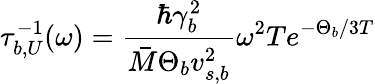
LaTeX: \tau_{b,U}^{-1}(\omega)=\frac{\hbar\gamma_{b}^{2}}{\bar{M}\Theta_{b}v_{s,b}^{2}}\omega^{2}Te^{-\Theta_{b}/3T}